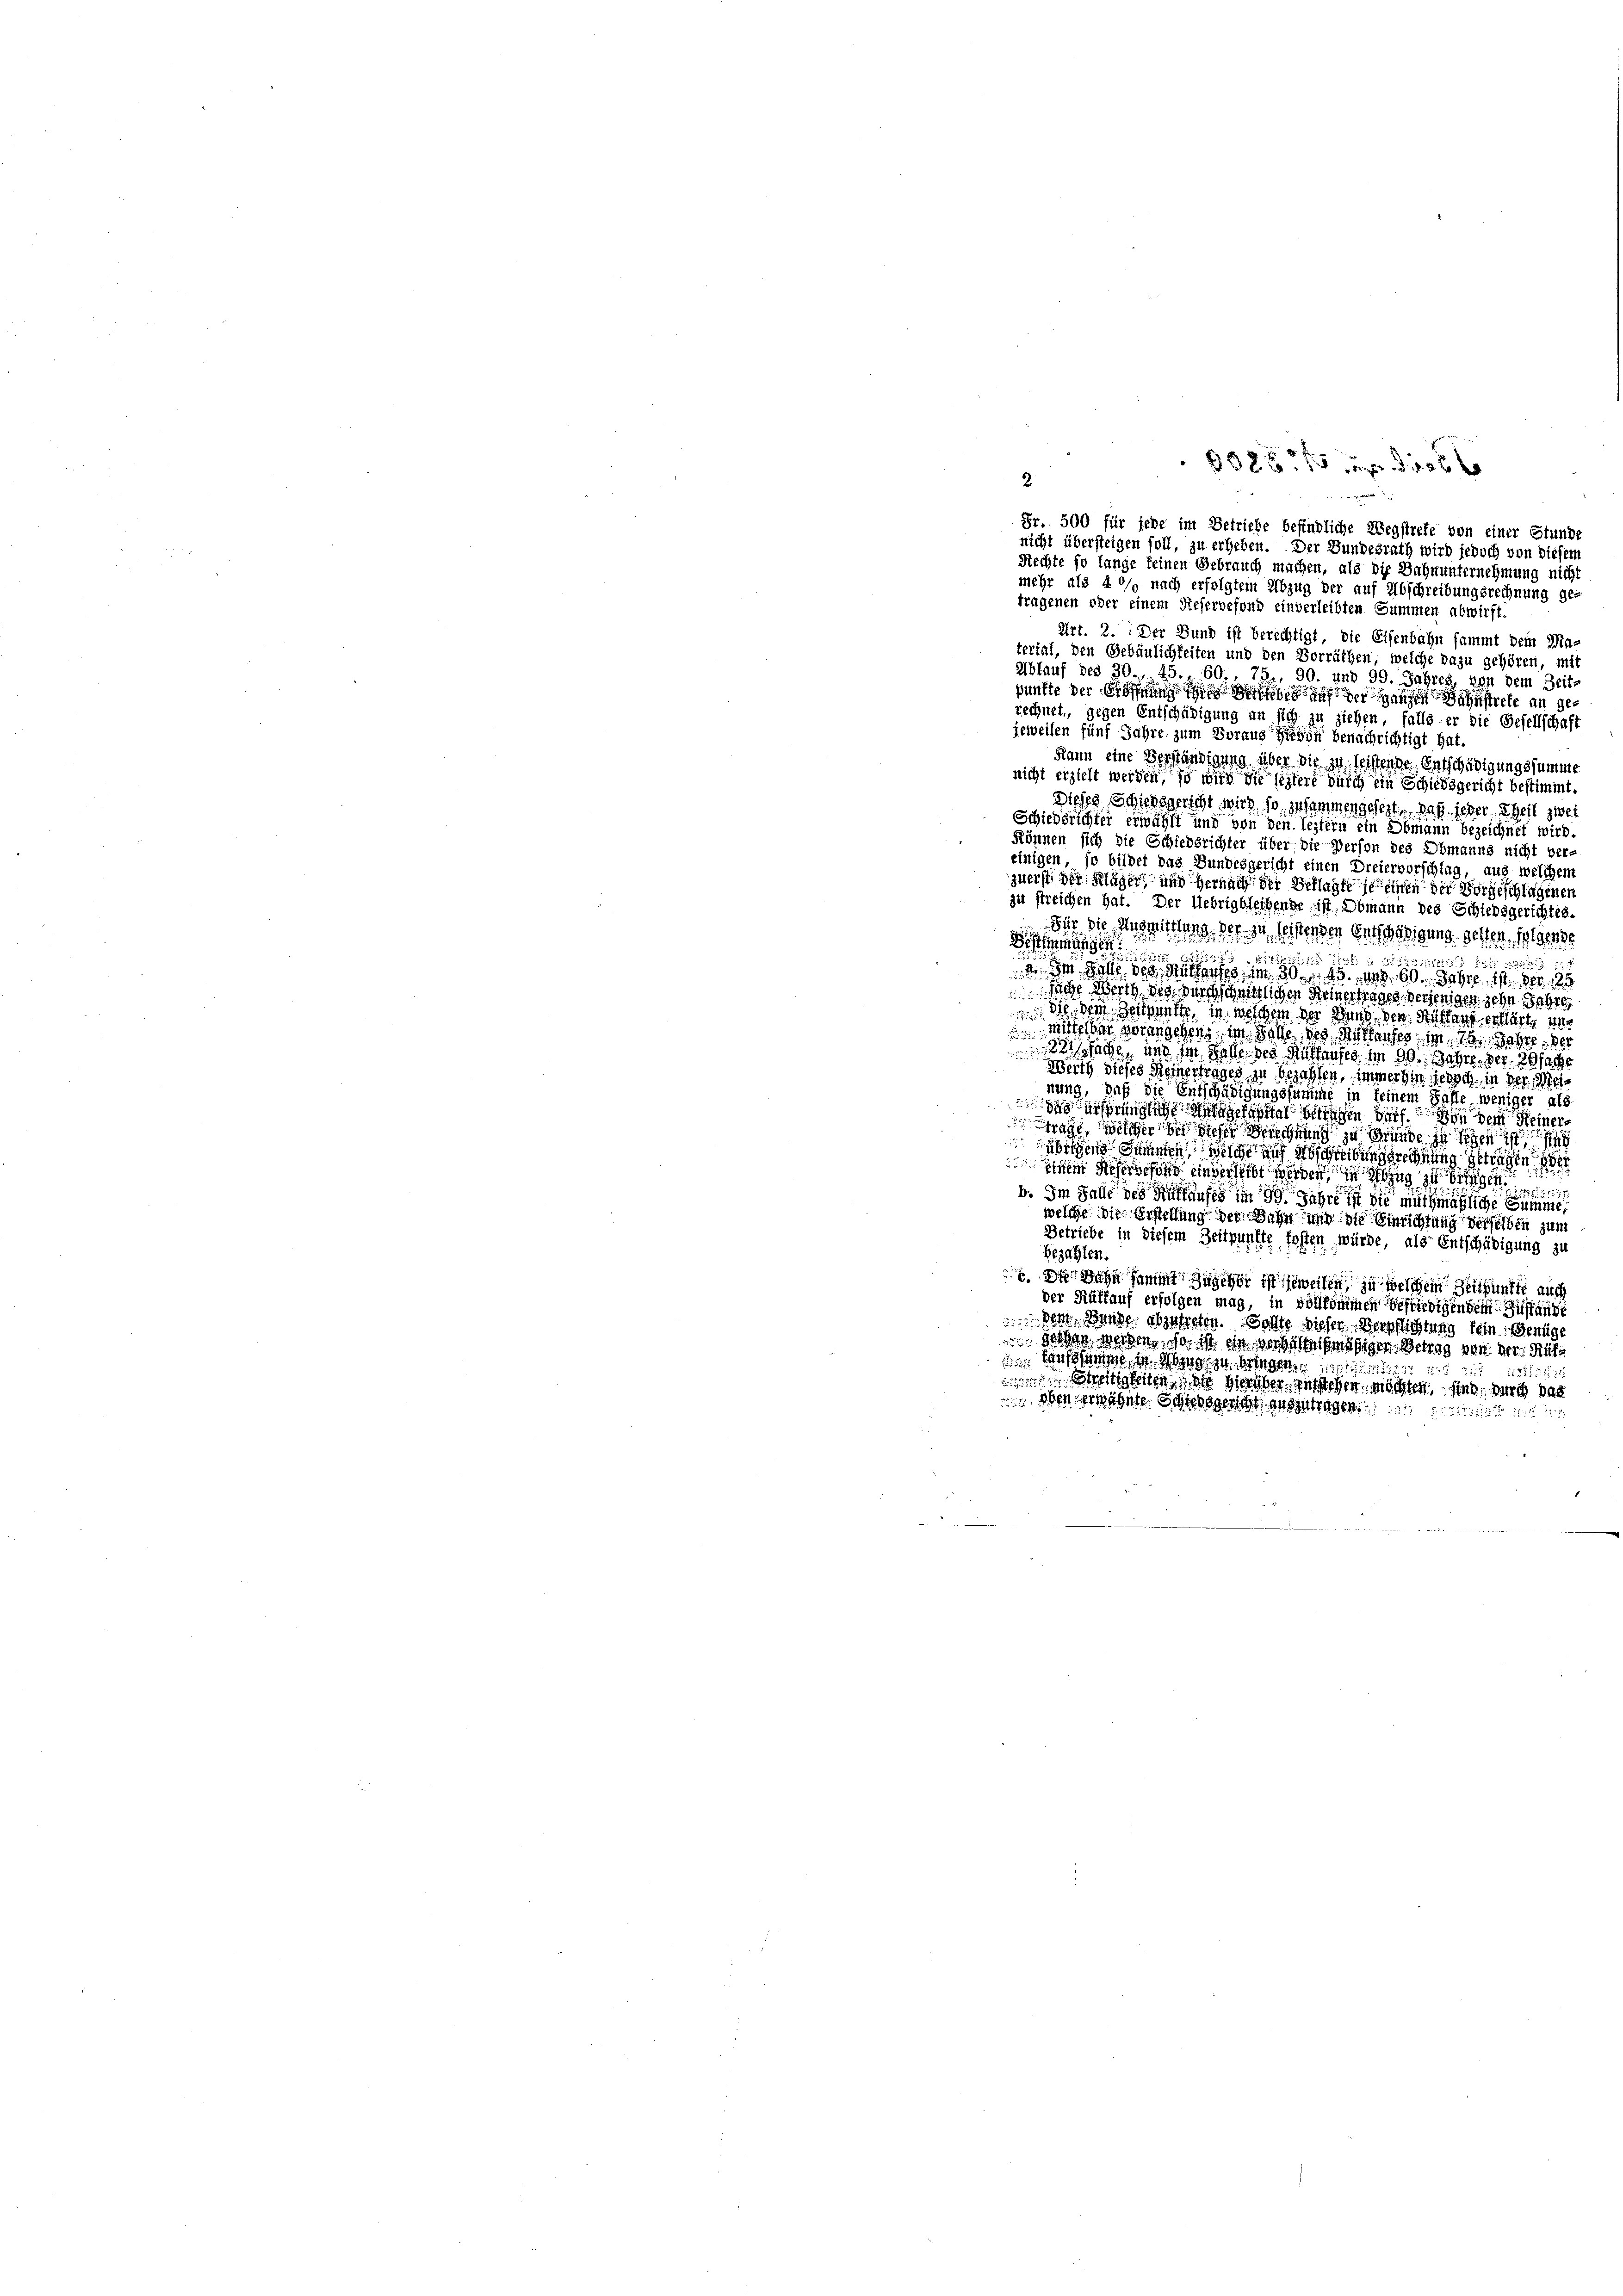
0386 f 0 x
2.

Fr. 500 für jede im Betriebe befindliche Wegstrefe von einer Stunde
nicht übersteigen soll, zu erheben. Der Bundesrath wird jedoch von diesem
Rechte so lange keinen Gebrauch machen, als die Bahnunternehmung nicht
mehr als 40% nach erfolgtem Abzug der auf Abschreibungsrechnung ge-

tragenen oder einem Referbefond einverleibten Summen abwirft,
Art. 2. Der Bund ist berechtigt, die Eisenbahn sammt dem Ma-
terial, den Gebäulichkeiten und den Vorräthen, welche dazu gehören, mit
Ablauf des 30., 45., 60., 75., 90. und 99. Jahres, von dem Zeit-
punkte der Eröffnung in den der ganzen Bahnstrete an gerechnet, gegen Entschädigung an sich zu ziehen, falls er die Gesellschaft
jeweisen fünf Jahre zum Voraus hievon benachrichtigt hat.
Kann eine Berständigung über die zu leistende Entschädigungssumme
nicht erzieht werden, so wird die seitere durch ein Schiedsgericht bestimmt.
Dieses Schiedsgericht wird so gesammengesezt, daß jeder Theil zwei
Schiedsrichter erwählt und von den leztern ein Obmann bezeichnet wird.
Können sich die Schiedsrichter über die Person des Obmanns nicht ver-
einigen, so bildet das Bundesgericht einen Dreiervorschlag, aus welchem
zuerst der Kläger, und Hernach der Beklagte je einen der Vorgeschlagenen
zu streichen hat. Der Uebrigbleibende ist. Obmann des Schiedsgerichtes.
Für die Ausmittlung der zu leistenden Entschädigung gesten, folgen
e

222.
Fitzit
2. Im Hoffe des Rüttgefes im 30. 145. Jun. 60. Jahre 111. Nr. 125
Siche Werth des durchschnittlichen Meinertrages derjenigen zehn Jahre
die Bern, Zeitpunkte, in welchem der Bund den Gültaus erklärt, un
mittelbar vorangehen, im Falle des Bettantes, im Jahr 180
.
ssache, und im Falle des Ruttauses im 30. Jahre. Der 20fach
Werth dieses Reinertrages zu bezahlen, immer hin jedoch in der Meinung, daß die Entschädigungssumme in keinem Falle weniger als
das ersprüngliche Anlagekapital betragen darf. Von dem Reiner
trage, welcher der dieser derschnung zu Grunde in sehen is
übrigen Sommen welche auf Abschreibungsrechnung getragen de
 Aeschon eingerecht werden, in sung zu bringen e
b. Im Falle des Auffaufes im 99. Jahre ist die muthmaßliche Summe,
welche die Erstellung der Bahn und die Einrichtung derselben zum
Betriebe in diesem Zeitpunkte fosten würde, als Entschädigung zu
Bezahlen.
. Die Bahn sammt zugehör ist jeweilen, zu welchem Zeitpunkte auch
der Rütlauf erfolgen mag, in vollkommen befriedigendem Zustande
 dem Bunde abzutreten. Sollte diesen Verpflichtung fein Genüge
 den werden, so ist ein verhelleichmäßigen Betrag von der Rit-
 Wasse u. Abzug zu bringen.

1513
tigkeiten, der Herber entstehen möchten, sind, durch das
 eben erwähnte Schuhegericht auszutragen.
 221.